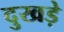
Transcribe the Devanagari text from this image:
दुखड़े